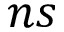
n s